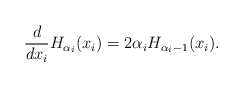
\begin{align*}\frac{d}{dx_{i}}H_{\alpha_{i}}(x_{i})=2\alpha_{i}H_{\alpha_{i}-1}(x_{i}).\end{align*}